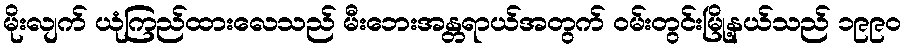
မိုးလျက် ယုံကြည်ထားလေသည် မီးဘေးအန္တရာယ်အတွက် ဝမ်းတွင်းမြို့နယ်သည် ၁၉၉၀